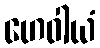
ဟေဝါယံ